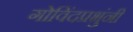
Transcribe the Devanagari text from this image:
गोविंदप्रभुंनी